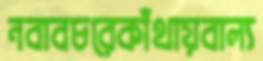
নবাবচরেকাঁথায়বাল্য